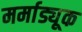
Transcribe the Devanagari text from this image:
मर्माड्यूक